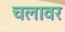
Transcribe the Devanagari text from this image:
चलावर